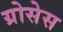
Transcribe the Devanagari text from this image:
ग्रोसेस